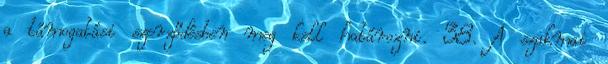
a támogatási szerződésben meg kell határozni. 38. A szakmai